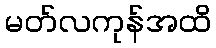
မတ်လကုန်အထိ